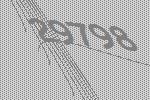
29798